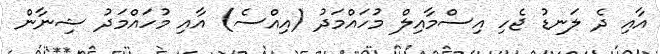
އާއި ދެ ލަނޑު ޖެހި އިސްމާއިލް މުހައްމަދު (އިއްސެ) އާއި މުހައްމަދު ޝިނާން